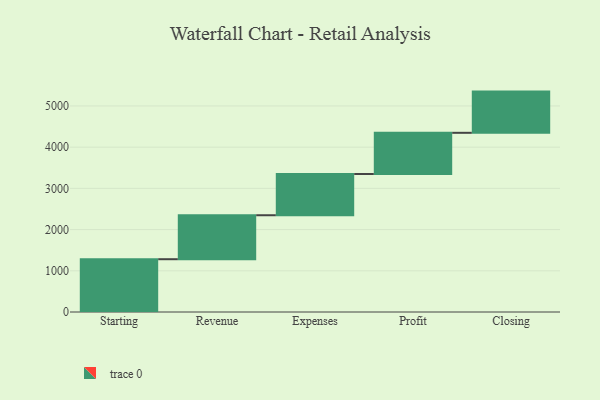
{"axis": {"x": "Step", "y": "Value"}, "legend": [""], "data": [{"x": "Starting", "y": 1281.0, "type": ""}, {"x": "Revenue", "y": 1067.0, "type": ""}, {"x": "Expenses", "y": 1000, "type": ""}, {"x": "Profit", "y": 1000, "type": ""}, {"x": "Closing", "y": 1000, "type": ""}]}